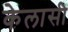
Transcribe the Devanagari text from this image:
केलासी